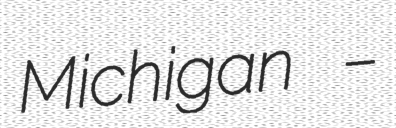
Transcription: Michigan –